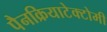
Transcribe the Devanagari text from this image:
पैनक्रियाटेक्टोमी